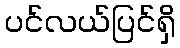
ပင်လယ်ပြင်ရှိ